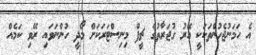
އެ ހަމަނުޖެހުންތަކަކީ އޭރު ގުޖަރާތުގެ ޗީފް މިނިސްޓަރަކަށް މޯދީ ހުންނަވައި ރޭވި ކަމެއް